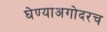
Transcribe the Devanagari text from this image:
घेण्याअगोदरच